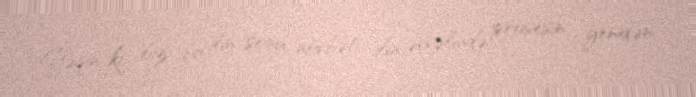
Yəqin ki, biz bu ilin sonu, növbəti ilin əvvəlində prosesin yenidən